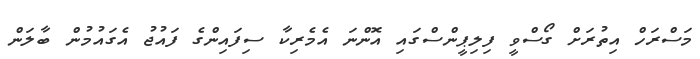
މަސްރަހް އިތުރަށް ގޯސްވީ ފިލިޕީންސްގައި އޮންނަ އެމެރިކާ ސިފައިންގެ ފައުޖު އެގައުމުން ބާލަން